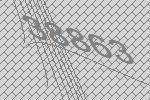
38863